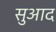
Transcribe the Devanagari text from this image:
सुआद